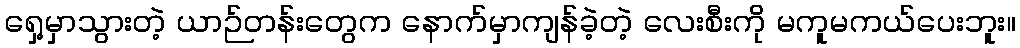
ရှေ့မှာသွားတဲ့ ယာဉ်တန်းတွေက နောက်မှာကျန်ခဲ့တဲ့ လေးစီးကို မကူမကယ်ပေးဘူး။